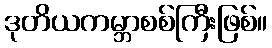
ဒုတိယကမ္ဘာစစ်ကြီးဖြစ်။